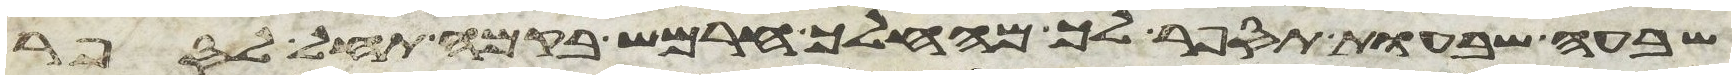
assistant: שבעה שבעות תספר לך מהחלך חרמש בקמה תחל לספר